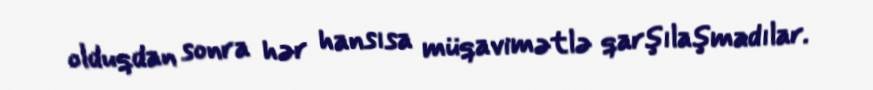
olduqdan sonra hər hansısa müqavimətlə qarşılaşmadılar.